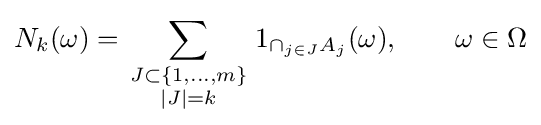
N_{k}(\omega )=\sum _{\scriptstyle J\subset \{1,\ldots ,m\} \atop \scriptstyle |J|=k}1_{\cap _{j\in J}A_{j}}(\omega ),\qquad \omega \in \Omega